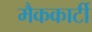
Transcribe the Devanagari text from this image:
मैककार्टी